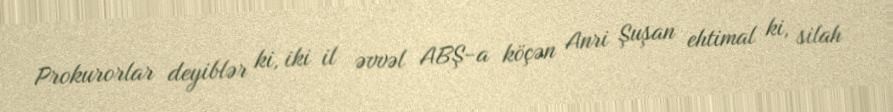
Prokurorlar deyiblər ki, iki il əvvəl ABŞ-a köçən Anri Şuşan ehtimal ki, silah